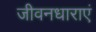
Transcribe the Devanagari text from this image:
जीवनधाराएं